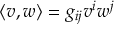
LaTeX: \langle v , w \rangle = g _ { i j } v ^ { i } w ^ { j }